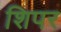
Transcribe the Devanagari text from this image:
शिपर